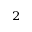
^ { 2 }